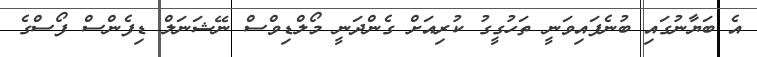
އެ ބަޔާނުގައި ބުނެފައިވަނީ ތަހުގީގު ކުރިއަށް ގެންދަނީ މޯލްޑިވްސް ނޭޝަނަލް ޑިފެންސް ފޯސްގެ